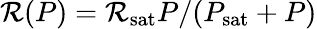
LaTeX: \mathcal{R}(P)=\mathcal{R}_{\textrm{{sat}}}P/(P_{\textrm{{sat}}}+P)